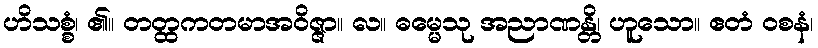
ဟိသစ္စံ၊ ၏။ တတ္ထကတမာအဝိဇ္ဇာ။ လ။ ဓမ္မေသု အညာဏန္တိ၊ ဟူသော။ ဧတံ ဝစနံ၊